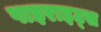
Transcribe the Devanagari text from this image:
पाइराइट्स